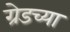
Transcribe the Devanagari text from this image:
ग्रेडच्या